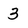
Character: 3